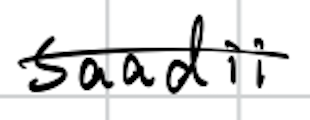
Text: saadii
Cross-out: single-line
Writing tool: digital_black